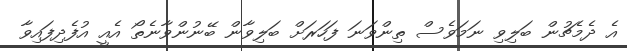
އެ ދެމެޗުން ބަލިވި ނަމަވެސް ތިންވަނަ ފަހަރަށް ބަލިވާން ބޭނުންވާނެތޯ އެއީ އުފެދިފައިވާ